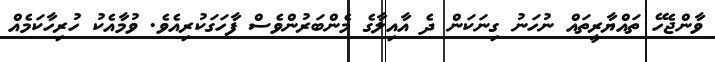
ވާންޖެހޭ ތައްޔާރީތައް ނުހަނު ގިނަކަން ދެ އާއިލާގެ މެންބަރުންވެސް ފާހަގަކުރިއެވެ. ވުމާއެކު ހުރިހާކަމެއް